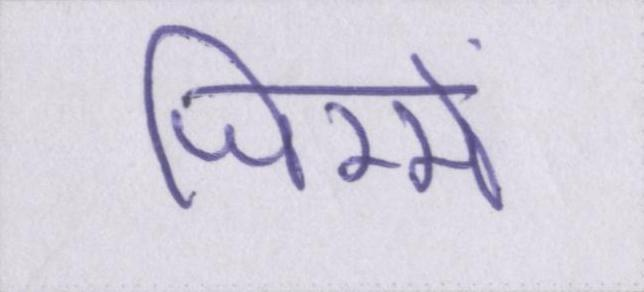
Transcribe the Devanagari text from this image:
जिम्मे